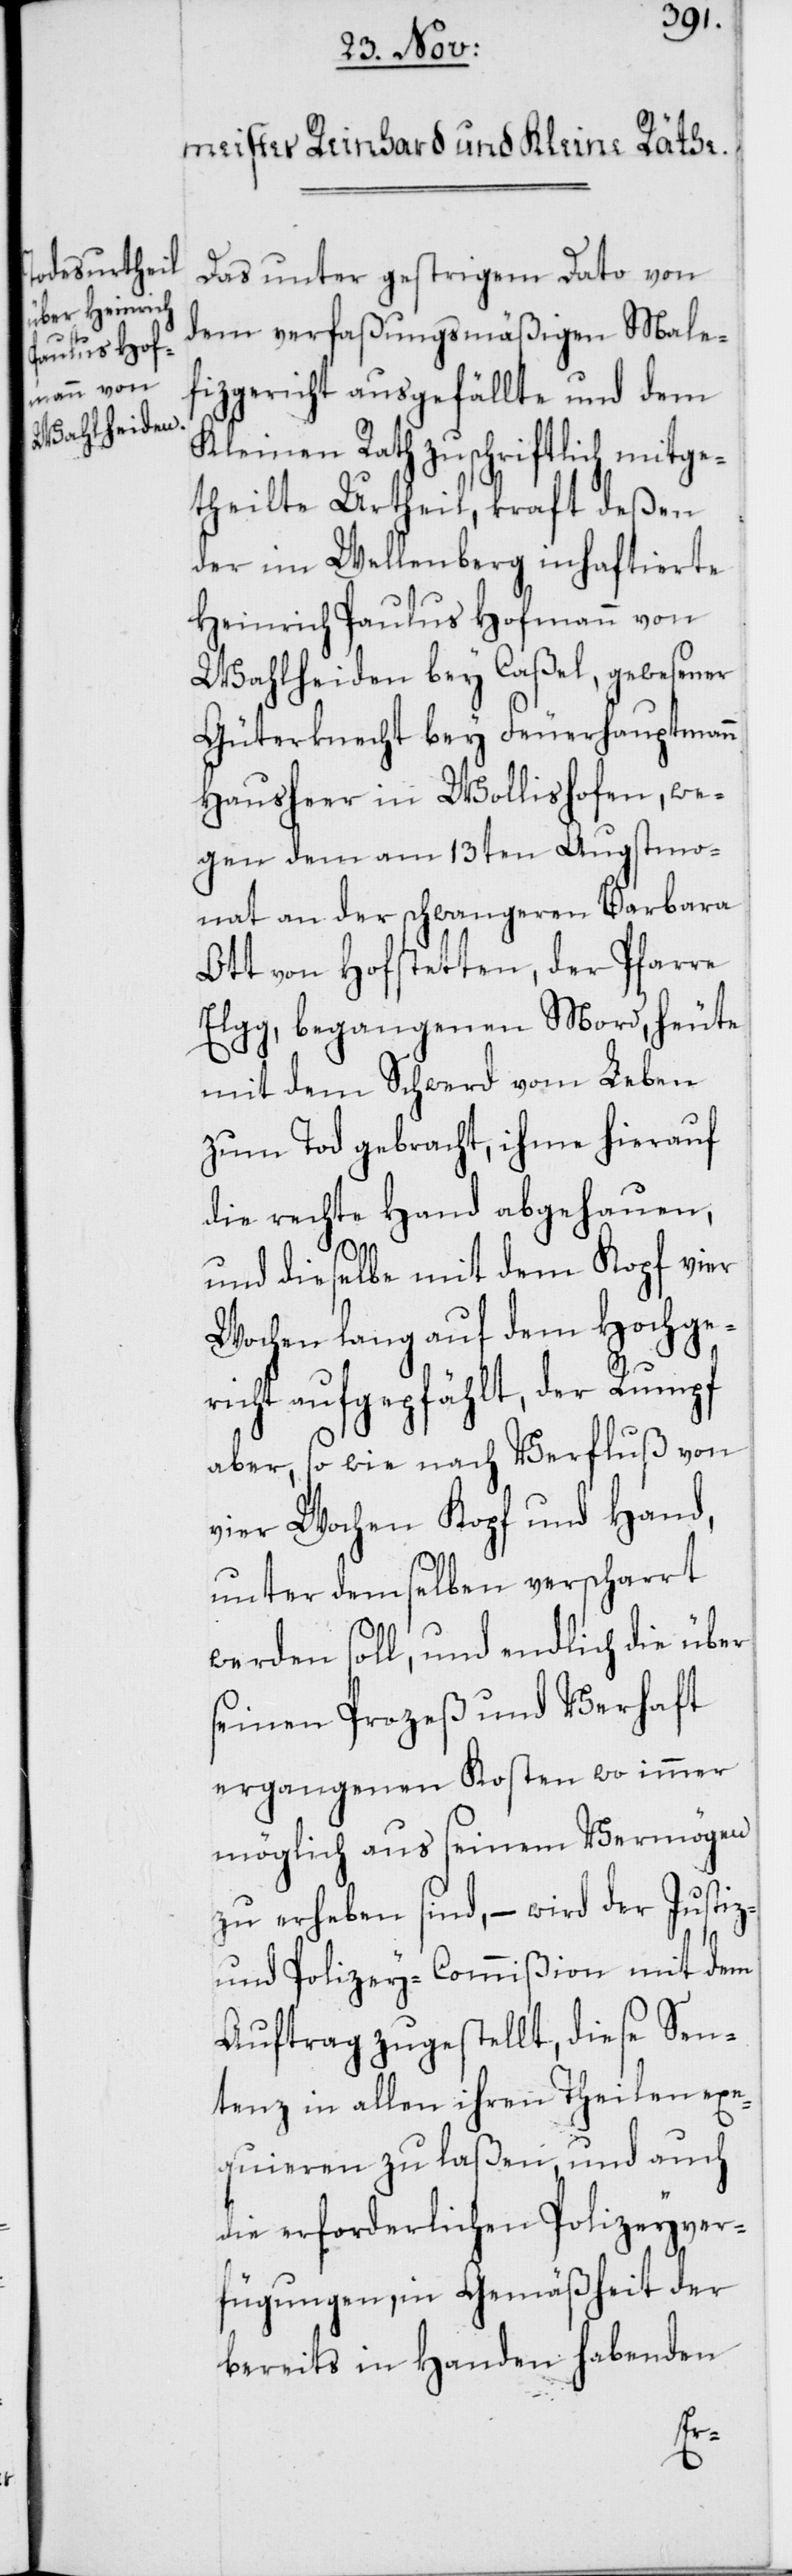
Das unterm gestrigen Dato von
dem verfaßungsmäßigen Male¬
fizgericht ausgefällte und dem
Kleinen Rath zuschriftlich mitge¬
theilte Urtheil, kraft deßen
der im Wellenberg inhaftierte
Heinrich Paulus Hofmann von
Wahlheiden bey Caßel, gewesener
Güterknecht bey Feuerhauptmann
Hausheer in Wollishofen, we¬
gen dem am 13ten Augstmo¬
nat an der schwangeren Barbara
Ott von Hofstetten, der Pfarre
Elgg, begangenen Mord, heute
mit dem Schwerd vom Leben
zum Tod gebracht, ihme hierauf
die rechte Hand abgehauen,
und dieselbe mit dem Kopf vier
Wochen lang auf dem Hochge¬
richt aufgepfählt, der Rumpf
aber, so wie nach Verfluß von
vier Wochen Kopf und Hand,
unter demselben verscharrt
werden soll, und endlich die über
seinen Prozeß und Verhaft
ergangenen Kosten wo immer
möglich aus seinem Vermögen
zu erheben sind, – wird der Justiz-
und Polizey-Commißion mit dem
Auftrag zugestellt, diese Sen¬
tenz in allen ihren Theilen exe¬
quieren zu laßen, und auch
die erforderlichen Polizeyver¬
fügungen, in Gemäßheit der
bereits in Handen habenden